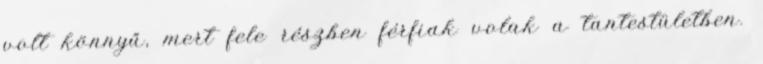
volt könnyű, mert fele részben férfiak volak a tantestületben.